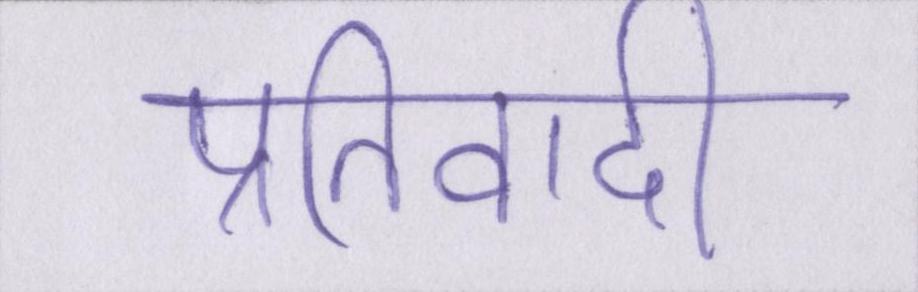
प्रतिवादी